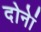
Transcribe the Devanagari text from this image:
दोनेां